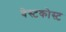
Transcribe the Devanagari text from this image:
वेस्टकोस्ट